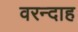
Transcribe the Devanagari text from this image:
वरन्दाह